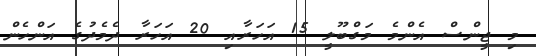
މި ޖީންސް އެންމެ މަގްބޫލީ 15 އަހަރާއި 20 އަހަރާ ދެމެދުގެ އަންހެން